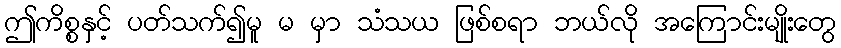
ဤကိစ္စနှင့် ပတ်သက်၍မူ မ မှာ သံသယ ဖြစ်စရာ ဘယ်လို အကြောင်းမျိုးတွေ